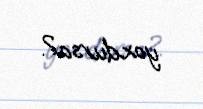
yoxdursa?.